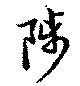
陟